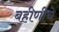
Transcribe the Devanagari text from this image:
बहीणीचे